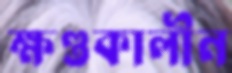
ক্ষণ্ডকালীন